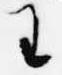
王